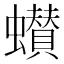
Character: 𮕌